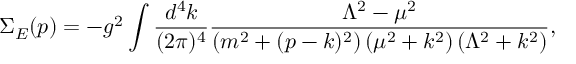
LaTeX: \Sigma _ { E } ( p ) = - g ^ { 2 } \int \frac { d ^ { 4 } k } { ( 2 \pi ) ^ { 4 } } \frac { \Lambda ^ { 2 } - \mu ^ { 2 } } { \left( m ^ { 2 } + ( p - k ) ^ { 2 } \right) \left( \mu ^ { 2 } + k ^ { 2 } \right) \left( \Lambda ^ { 2 } + k ^ { 2 } \right) } ,